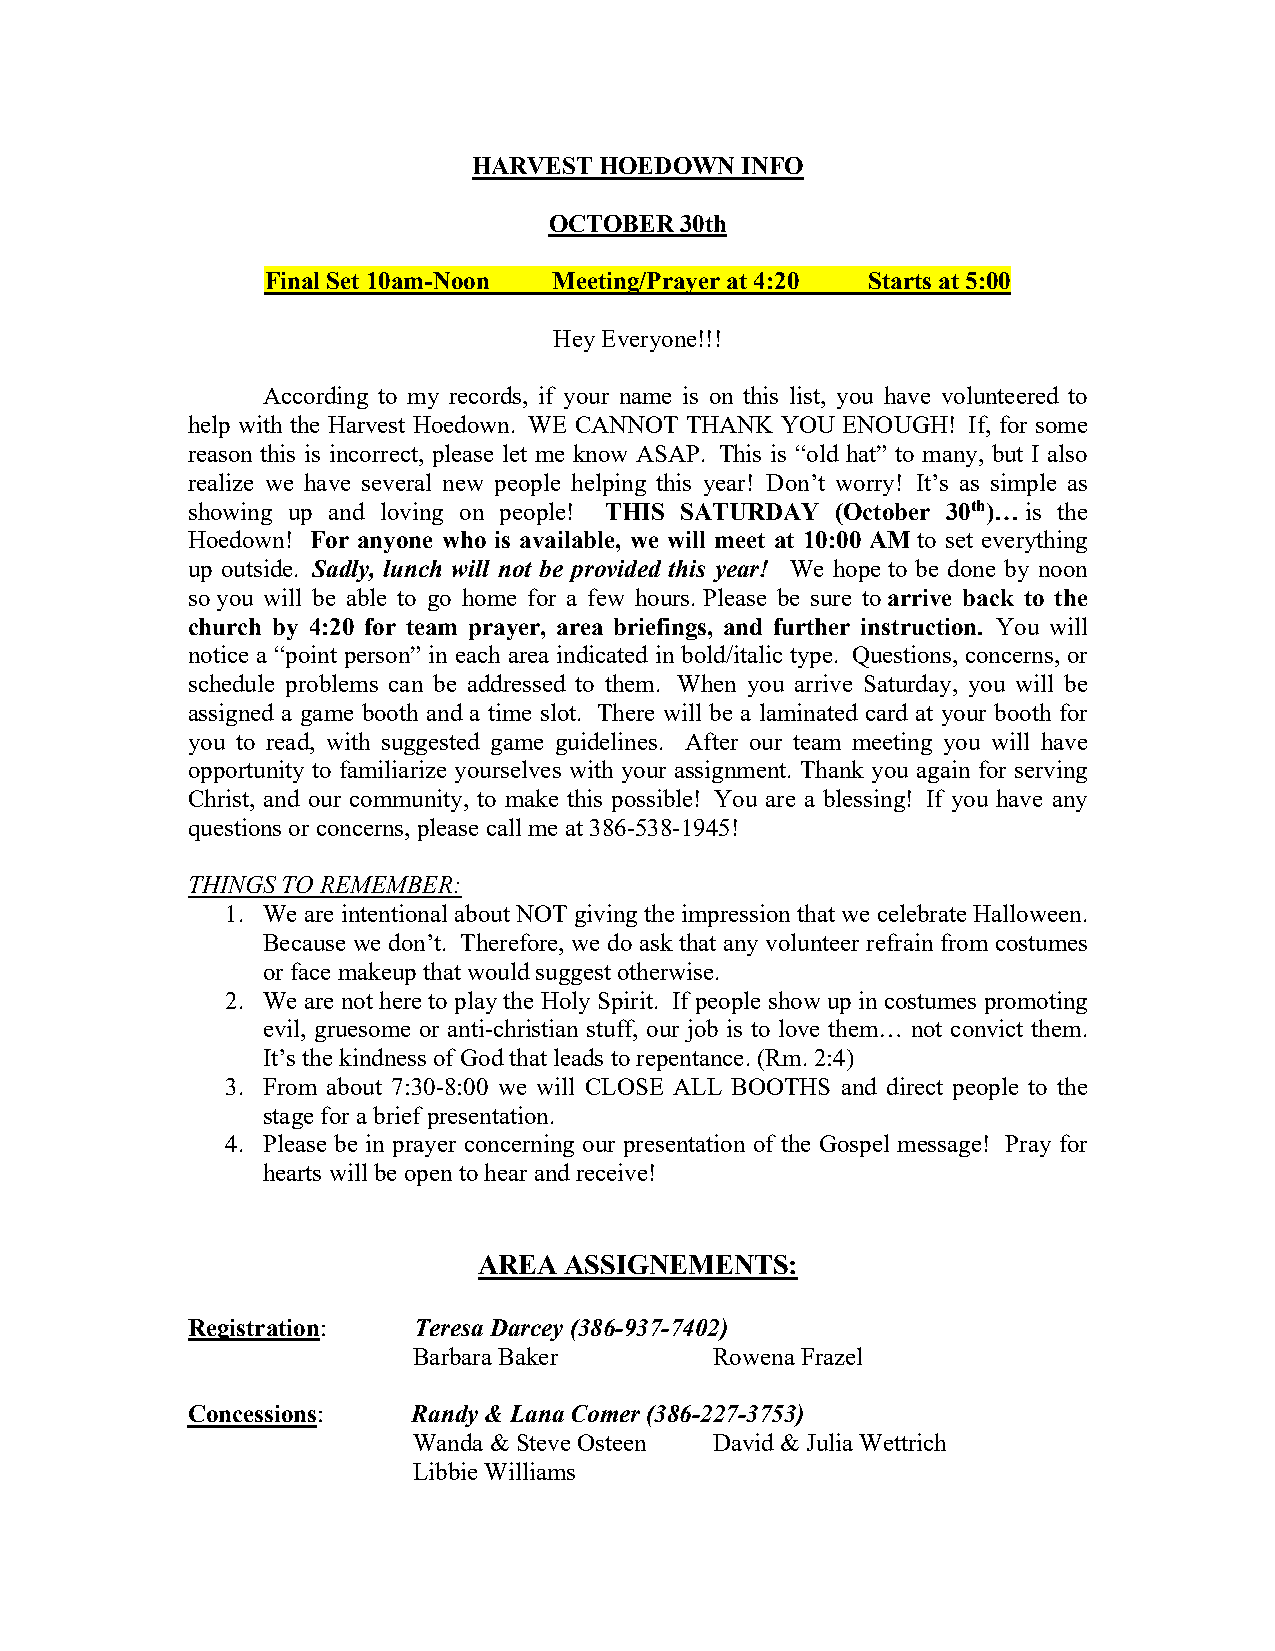
HARVEST  HOEDOWN  INFO
 OCTOBER  30th
 Final Set 10am-Noon Meeting/Prayer at 4:20 Starts at 5:00
 Hey Everyone!!!
 According to my records, if your name is on this list, you have volunteered to
 help with the Harvest Hoedown. WE CANNOT THANK YOU ENOUGH! If, for some
 reason this is incorrect, please let me know ASAP. This is “old hat” to many, but I also
 realize we have several new people helping this year! Don’t worry! It’s as simple as
 showing up and loving on people! THIS SATURDAY (October 30th)… is the
 Hoedown! For anyone who is available, we will meet at 10:00 AM to set everything
 up outside. Sadly, lunch will not be provided this year! We hope to be done by noon
 so you will be able to go home for a few hours. Please be sure to arrive back to the
 church by 4:20 for team prayer, area briefings, and further instruction. You will
 notice a “point person” in each area indicated in bold/italic type. Questions, concerns, or
 schedule problems can be addressed to them. When you arrive Saturday, you will be
 assigned a game booth and a time slot. There will be a laminated card at your booth for
 you to read, with suggested game guidelines. After our team meeting you will have
 opportunity to familiarize yourselves with your assignment. Thank you again for serving
 Christ, and our community, to make this possible! You are a blessing! If you have any
 questions or concerns, please call me at 386-538-1945!
 THINGS TO REMEMBER:
 1. We are intentional about NOT giving the impression that we celebrate Halloween.
 Because we don’t. Therefore, we do ask that any volunteer refrain from costumes
 or face makeup that would suggest otherwise.
 2. We are not here to play the Holy Spirit. If people show up in costumes promoting
 evil, gruesome or anti-christian stuff, our job is to love them… not convict them.
 It’s the kindness of God that leads to repentance. (Rm. 2:4)
 3. From about 7:30-8:00 we will CLOSE ALL BOOTHS and direct people to the
 stage for a brief presentation.
 4. Please be in prayer concerning our presentation of the Gospel message! Pray for
 hearts will be open to hear and receive!
 AREA ASSIGNEMENTS:
 Registration:  Teresa Darcey (386-937-7402)
 Barbara Baker       Rowena Frazel
 Concessions:   Randy & Lana Comer (386-227-3753)
 Wanda & Steve Osteen David & Julia Wettrich
 Libbie Williams